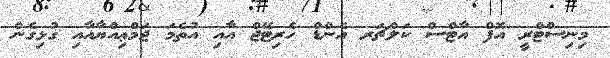
މިނިސްޓްރީ އޮފް އާޓްސް ކަލްޗަރ އެންޑް ހެރިޓޭޖް އާއި އުތެމަ ޖަމްޢިއްޔާއާއި ގުޅިގެން